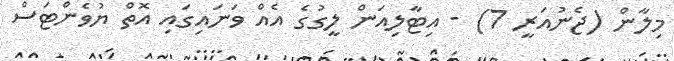
މިލާން (ޖެނުއަރީ 7) - އިޓާލިއަން ލީގުގެ އެއް ވަނައިގައި އޮތް ޔުވެންޓަސް